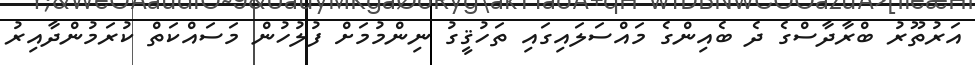
އަރުތޫރު ބްރާދާސްގެ ދެ ބެއިންގެ މައްސަލައިގައި ތަހުޤީގު ނިންމުމަށް ފުލުހުން މަސައްކަތް ކުރަމުންދާއިރު